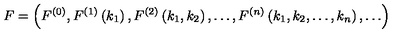
F = \left( F ^ { ( 0 ) } , F ^ { ( 1 ) } \left( k _ { 1 } \right) , F ^ { ( 2 ) } \left( k _ { 1 } , k _ { 2 } \right) , \ldots , F ^ { ( n ) } \left( k _ { 1 } , k _ { 2 } , \ldots , k _ { n } \right) , \ldots \right) \,